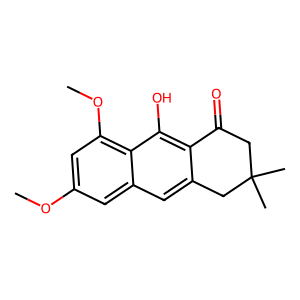
SMILES: COc1cc(OC)c2c(O)c3c(cc2c1)CC(C)(C)CC3=O
Inhibits HIV replication: No